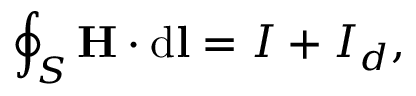
\oint _ { S } \mathbf { H } \cdot \mathrm { { d } } \mathbf { l } = I + I _ { d } , \,